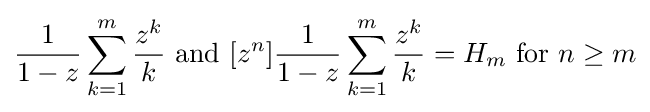
{\frac {1}{1-z}}\sum _{k=1}^{m}{\frac {z^{k}}{k}}{\mbox{ and }}[z^{n}]{\frac {1}{1-z}}\sum _{k=1}^{m}{\frac {z^{k}}{k}}=H_{m}{\mbox{ for }}n\geq m